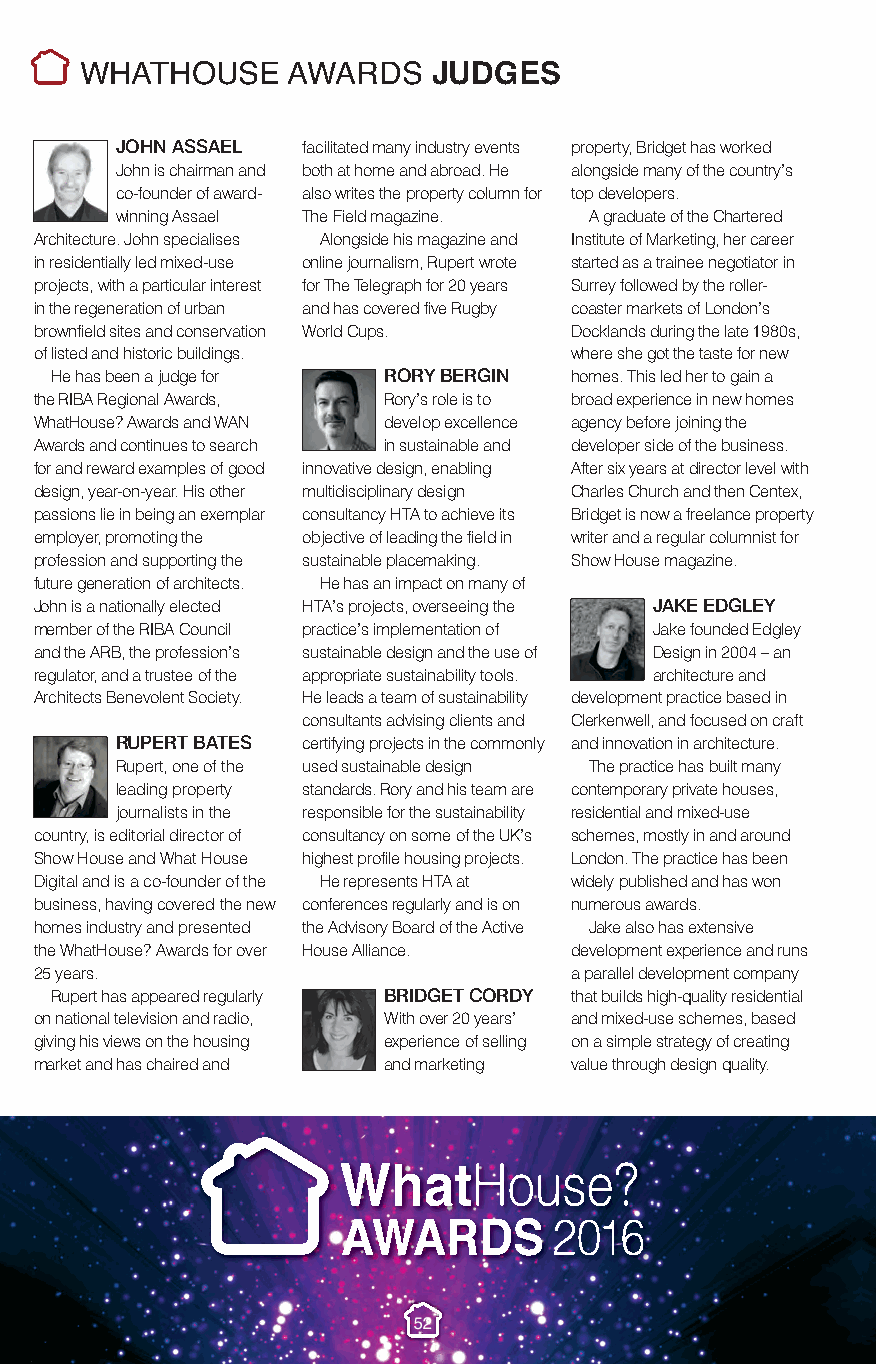
JudgesBiogs.qxp_Layout 1 10/11/2016 20:48 Page 3
 WHATHOUSE     AWARDS    JUDGES
 JOHN ASSAEL facilitated many industry events property, Bridget has worked
 John is chairman and both at home and abroad. He alongside many of the country’s
 co-founder of award- also writes the property column for top developers.
 winning Assael The Field magazine. A graduate of the Chartered
 Architecture. John specialises Alongside his magazine and Institute of Marketing, her career
 in residentially led mixed-use online journalism, Rupert wrote started as a trainee negotiator in
 projects, with a particular interest for The Telegraph for 20 years Surrey followed by the roller-
 in the regeneration of urban and has covered five Rugby coaster markets of London’s
 brownfield sites and conservation World Cups. Docklands during the late 1980s,
 of listed and historic buildings.   where she got the taste for new
 He has been a judge for RORY BERGIN homes. This led her to gain a
 the RIBA Regional Awards, Rory’s role is to broad experience in new homes
 WhatHouse? Awards and WAN develop excellence agency before joining the
 Awards and continues to search in sustainable and developer side of the business.
 for and reward examples of good innovative design, enabling After six years at director level with
 design, year-on-year. His other multidisciplinary design Charles Church and then Centex,
 passions lie in being an exemplar consultancy HTA to achieve its Bridget is now a freelance property
 employer, promoting the objective of leading the field in writer and a regular columnist for
 profession and supporting the sustainable placemaking. Show House magazine.
 future generation of architects. He has an impact on many of
 John is a nationally elected HTA’s projects, overseeing the JAKE EDGLEY
 member of the RIBA Council practice’s implementation of Jake founded Edgley
 and the ARB, the profession’s sustainable design and the use of Design in 2004 – an
 regulator, and a trustee of the appropriate sustainability tools. architecture and
 Architects Benevolent Society. He leads a team of sustainability development practice based in
 consultants advising clients and Clerkenwell, and focused on craft
 RUPERT BATES certifying projects in the commonly and innovation in architecture.
 Rupert, one of the used sustainable design The practice has built many
 leading property standards. Rory and his team are contemporary private houses,
 journalists in the responsible for the sustainability residential and mixed-use
 country, is editorial director of consultancy on some of the UK’s schemes, mostly in and around
 Show House and What House highest profile housing projects. London. The practice has been
 Digital and is a co-founder of the He represents HTA at widely published and has won
 business, having covered the new conferences regularly and is on numerous awards.
 homes industry and presented the Advisory Board of the Active Jake also has extensive
 the WhatHouse? Awards for over House Alliance. development experience and runs
 25 years.                           a parallel development company
 Rupert has appeared regularly BRIDGET CORDY that builds high-quality residential
 on national television and radio, With over 20 years’ and mixed-use schemes, based
 giving his views on the housing experience of selling on a simple strategy of creating
 market and has chaired and and marketing value through design quality.
 52